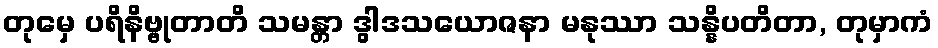
တုမှေ ပရိနိဗ္ဗုတာတိ သမန္တာ ဒွါဒသယောဇနာ မနုဿာ သန္နိပတိတာ, တုမှာကံ